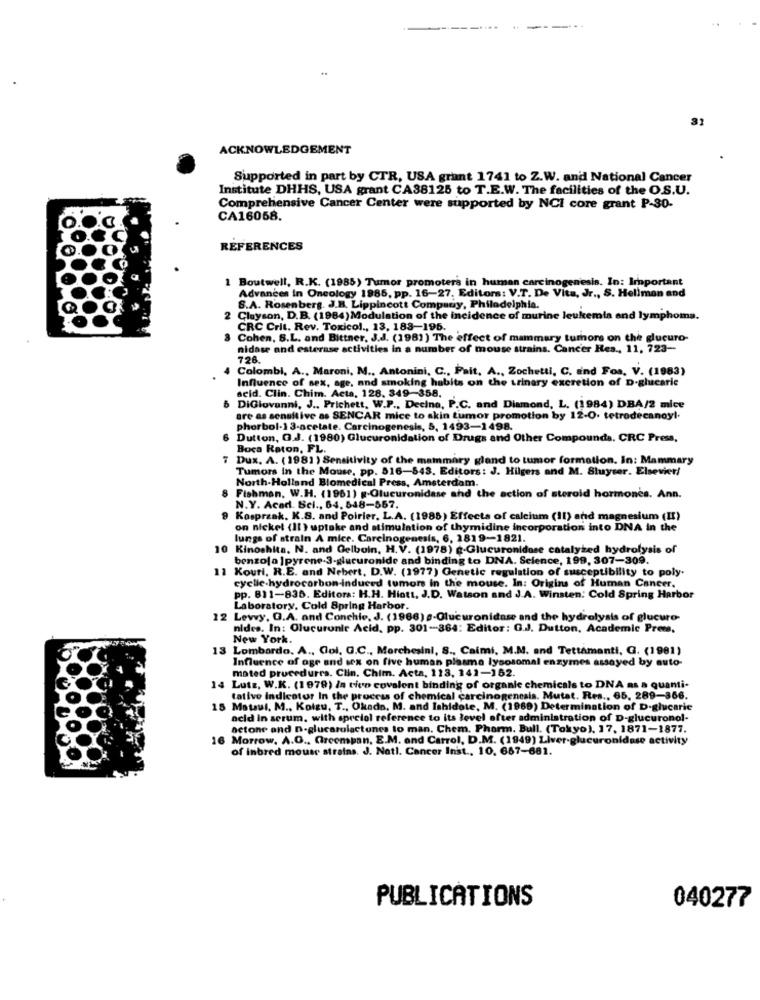
..
---
31
ACKNOWLEDGEMENT
Supported in part by CTR, USA grant 1741 to Z.W. and National Cancer
Institute DHHS, USA grant CA38125 to T.E.W. The facilities of the O.S.U.
Comprehensive Cancer Center were supported by NCI core grant P-30-
CA16058.
REFERENCES
1 Boutwell, R.K. (1985) Tumor promoters in human carcinogenesis. In: Important
Advances In Oncology 1985, pp. 16-27. Editors: V.T. De Vita, Jr ., S. Hellman and
S.A. Rosenberg. J.B. Lippincott Company, Philadelphia.
2 Clayson, D.B. (1984) Modulation of the incidence of murine leukemia and lymphoma.
CRC Crit. Rev. Toxicol ., 13, 183-195.
3 Cohen, S.L. and Bittner, J.J. (1981) The effect of mammary tumore on the glucuro-
nidase and esterase activities in a number of mouse strains. Cancer Res ., 11, 723-
728.
Colombi, A ., Maroni, M ., Antonini, C ., Fait, A ., Zochetti, C. and Fos, V. (1983)
Influence of sex, age, and smoking habits on the urinary excretion of D-glucarie
acid. Clin. Chim. Acta, 128. 349-358.
6 DiGiovanni, J ., Prichett, W.P ., Decino, P.C. and Diamond, L. (1984) DBA/2 mice
are as sensitive as SENCAR mice to skin tumor promotion by 12-0. tetrodecanoyl-
phorbol-13-acetate. Carcinogenesis, 5, 1493-1498.
6 Dutton, O.J. (1980) Glucuronidation of Drugs and Other Compounds. CRC Press,
Boca Raton, FL.
7 Dux. A. ( 1981 ) Sensitivity of the mammary gland to tumor formation. In: Mammary
Tumors In the Mouse, pp. 816-843. Editors: J. Hilgers and M. Sluyser. Elsevier/
North-Holland Blomedical Press, Amsterdam.
8 Fishman, W.H. (1961) -Glucuronidase and the action of steroid hormones. Ann.
N.Y. Acad. Bcl ., 64. 848-567.
Kasprzak. K.S. and Poirier. L.A. (1985) Effects of calcium (11) and magnesium (II)
on nicket (11 ) uptake and stimulation of thymidine incorporation into DNA in the
lungs of strain A mice. Carcinogenesis, 6, 1819-1821.
10 Kinoshita. N. and Gelboin, H.V. (1978) g-Glucuronidose catalyżed hydrolysis of
benzo[a ]pyrene-3-glucuronide and binding to DNA. Science, 199, 307-309.
11
Kouri, R.E. and Nebert, D.W. (1977) Genetic regulation of susceptibility to poly.
cyclle hydrocorbon-induced tumors in the mouse. In: Origins of Human Cancer.
pp. 811-836. Editors: H.H. Hiott, J.D. Watson and J.A. Winsten: Cold Spring Harbor
Laboratory, Cold Spring Harbor.
12 Levvy. G.A. and Conchie, J. (1966) -Glucuronidase and the hydrolysis of glucuro-
nides. In: Glucurunir Acid, pp. 301-364: Editor: G.J. Dutton, Academic Press,
New York.
13
Lombardo. A ., Coi. G.C ., Marchesini, S ., Caimi, M.M. and Tettamanti, G. (1981)
Influence of ogr and sex on five human plasma lysosomal enzymes assayed by auto-
mated procedures. Clin. Chim. Acta, 113, 141-162.
14
Lutz, W.K. (1979) in tico covalent binding of organic chemicals to DNA as a quanti-
tative indicator In the process of chemical carcinogenesis. Mutat. Res ., 65, 289-366.
15 Mataul. M ., Kolzu, T ., Okado, M. and Ishidote, M. (1969) Determination of D-glucarie
acid in serum, with special reference to its level after administration of D-glucuronol-
actone and D-glucarolactones to man. Chem. Phorm. Bull. (Tokyo), 17, 1871-1877.
Morrow. A.O ., Greempan, E.M. and Carrol, D.M. (1949) Liver-glucuronidase activity
of inbred mouse strains. J. Natl. Cancer Inst ., 10. 667-681.
PUBLICATIONS
040277